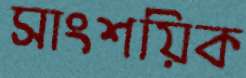
সাংশয়িক